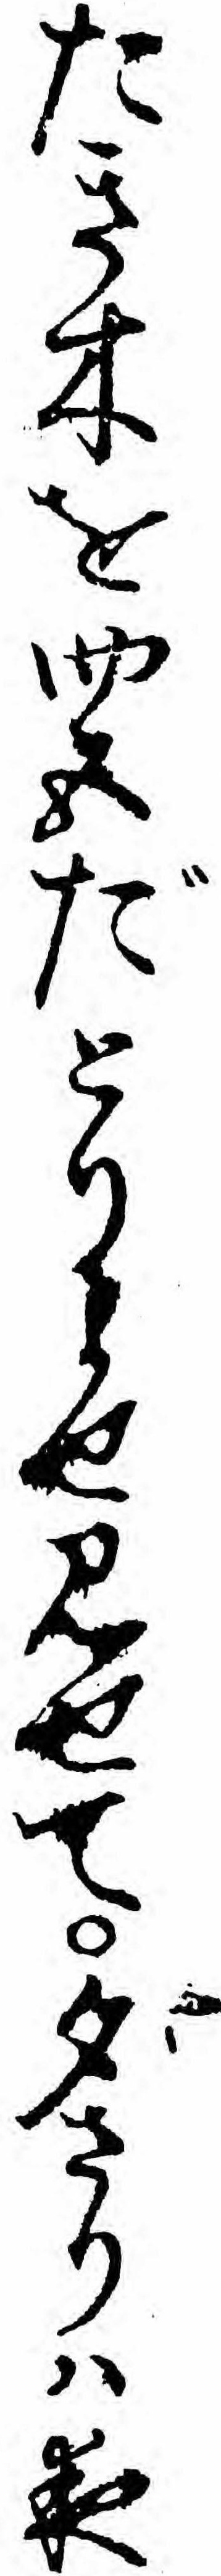
たき木を四五だとりよせ見せて夕さりハ夜